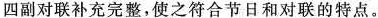
四副对联补充完整，使之符合节日和对联的特点。